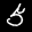
Label: 5